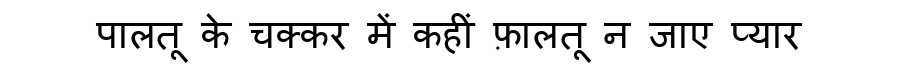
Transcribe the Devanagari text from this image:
पालतू के चक्कर में कहीं फ़ालतू न जाए प्यार